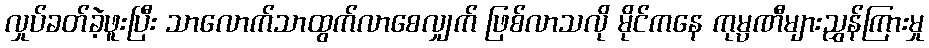
လှုပ်ခတ်ခဲ့ဖူးပြီး သာလောက်သာထွက်လာစေလျှက် ဖြစ်လာသလို မိုင်ကနေ ကုမ္ပဏီများညွှန်ကြားမှု